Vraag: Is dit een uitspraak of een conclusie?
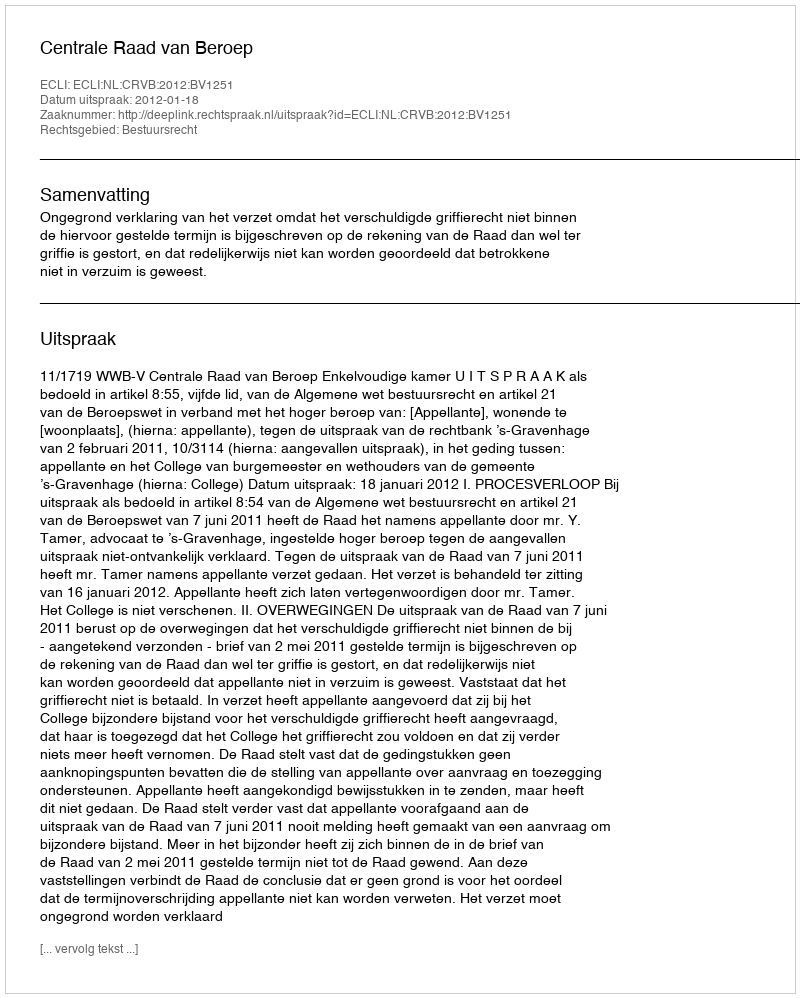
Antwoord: Uitspraak